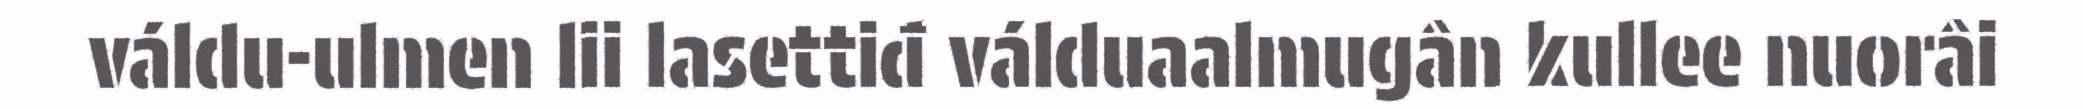
váldu-ulmen lii lasettiđ válduaalmugân kullee nuorâi